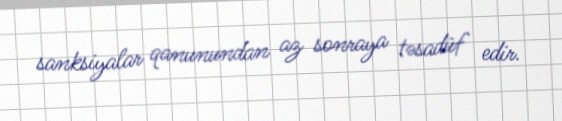
sanksiyalar qanunundan az sonraya təsadüf edir.